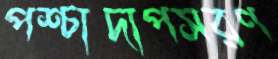
পশ্চাদাপসরণ